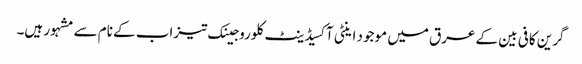
گرین کافی بین کے عرق میں موجود اینٹی آکسیڈینٹ کلوروجینک تیزاب کے نام سے مشہور ہیں۔